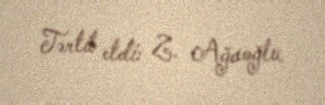
Tərtib etdi: Z. Ağaoğlu